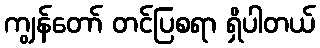
ကျွန်တော် တင်ပြစရာ ရှိပါတယ်